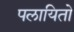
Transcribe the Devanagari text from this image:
पलायितो